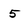
Character: 5